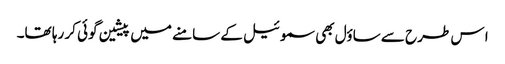
ا س طرح سے ساؤل بھی سموئیل کے سامنے میں پیشین گوئی کر رہا تھا۔